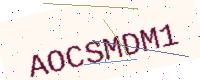
Text: AOCSMDM1